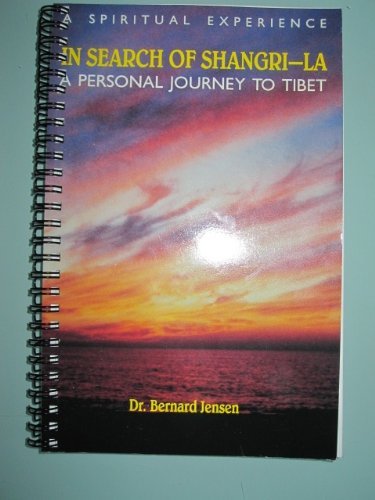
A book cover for In Search of Shangri-La; Dr. Dr. Bernard Jensen; Travel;